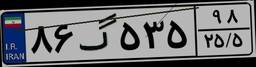
۸۶گ۵۳۵۹۸